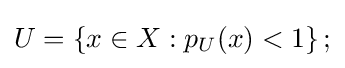
U=\left\{x\in X:p_{U}(x)<1\right\};